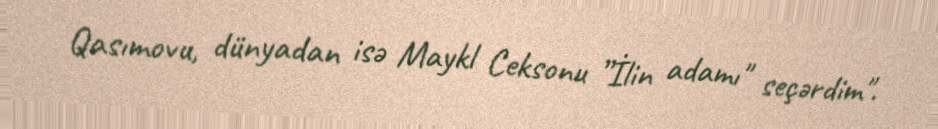
Qasımovu, dünyadan isə Maykl Ceksonu ”İlin adamı" seçərdim".